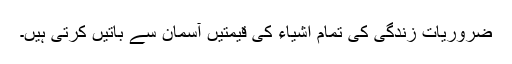
ضروریات زندگی کی تمام اشیاء کی قیمتیں آسمان سے باتیں کرتی ہیں۔